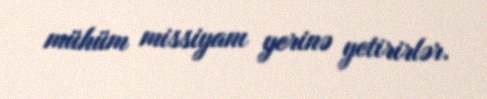
mühüm missiyanı yerinə yetirirlər.